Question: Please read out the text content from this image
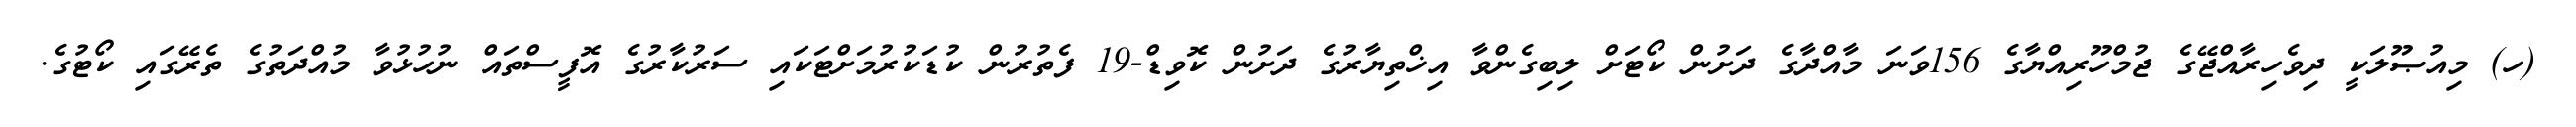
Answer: (ހ) މިއުޞޫލަކީ ދިވެހިރާއްޖޭގެ ޖުމްހޫރިއްޔާގެ 156ވަނަ މާއްދާގެ ދަށުން ކޯޓަށް ލިބިގެންވާ އިޚްތިޔާރުގެ ދަށުން ކޮވިޑް-19 ފެތުރުން ކުޑަކުރުމަށްޓަކައި ސަރުކާރުގެ އޮފީސްތައް ނުހުޅުވާ މުއްދަތުގެ ތެރޭގައި ކޯޓުގެ.